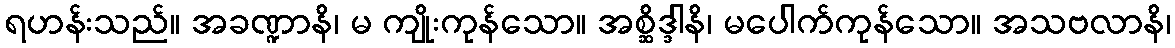
ရဟန်းသည်။ အခဏ္ဍာနိ၊ မ ကျိုးကုန်သော။ အစ္ဆိဒ္ဒါနိ၊ မပေါက်ကုန်သော။ အသဗလာနိ၊